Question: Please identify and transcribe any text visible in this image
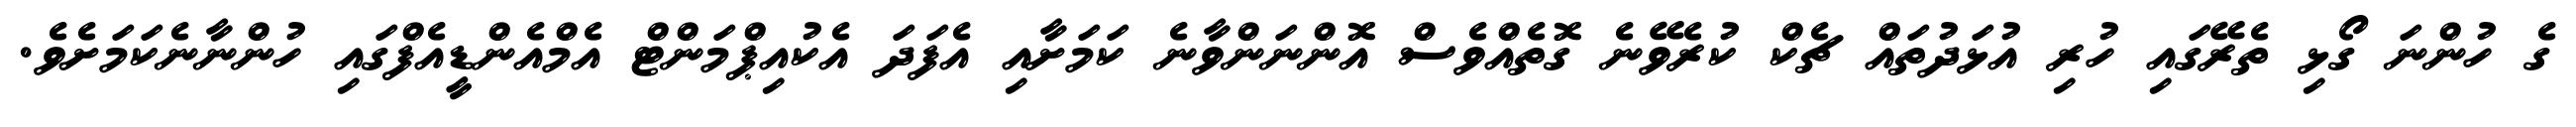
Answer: ގެ ހުންނަ ގޯޅި ތެރޭގައި ހުރި އުޅަދުތައް ޗެކް ކުރެވޭނެ ގޮތެއްވެސް އޮންނަންވާނެ ކަމަށާއި އެފަދަ އެކުއިޕްމަންޓް އެމްއެންޑީއެފްގައި ހުންނާނެކަމަށެވެ.